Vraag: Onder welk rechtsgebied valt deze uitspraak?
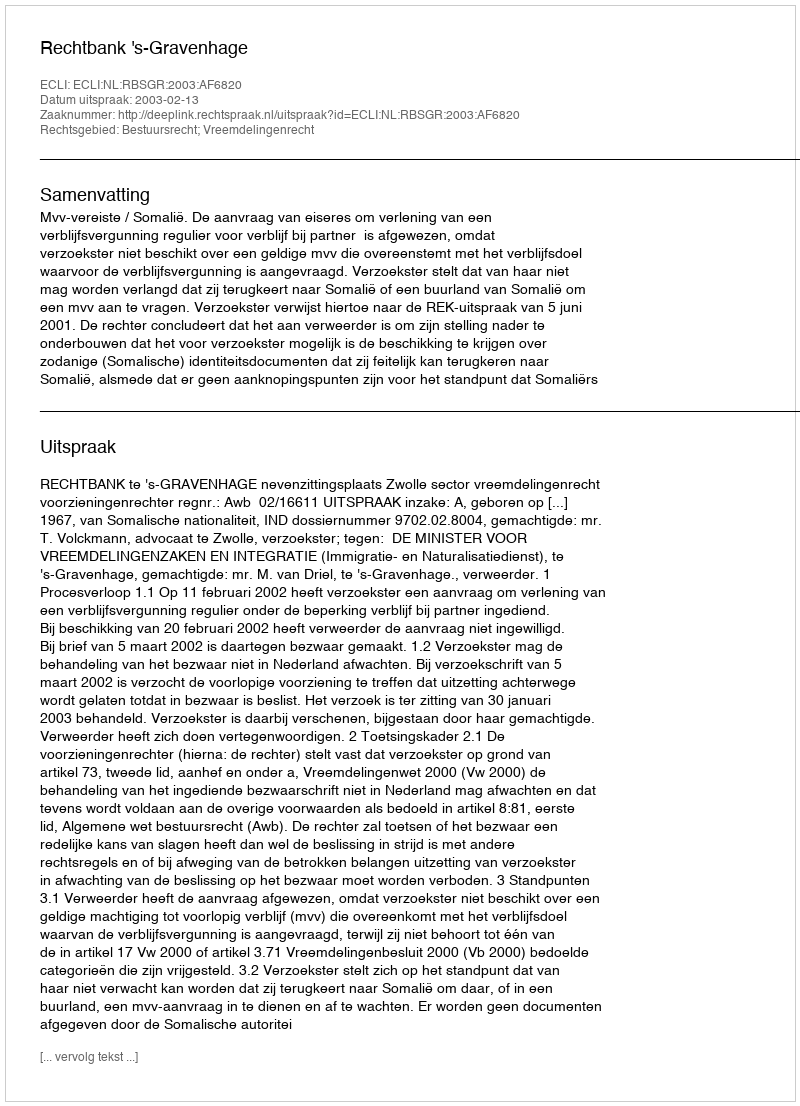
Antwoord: Bestuursrecht; Vreemdelingenrecht